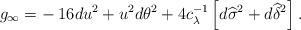
LaTeX: \begin{align*} g_\infty = - \: 16 du^2 + u^2 d\theta^2 + 4 c_\lambda^{-1} \left[d\widehat{\sigma}^2 + d\widehat{\delta}^2 \right]. \end{align*}